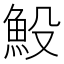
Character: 𩵤